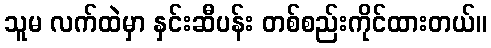
သူမ လက်ထဲမှာ နှင်းဆီပန်း တစ်စည်းကိုင်ထားတယ်။